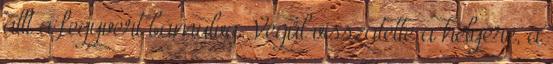
állt a fegyvert bámulva. Végül visszatette a helyére, a